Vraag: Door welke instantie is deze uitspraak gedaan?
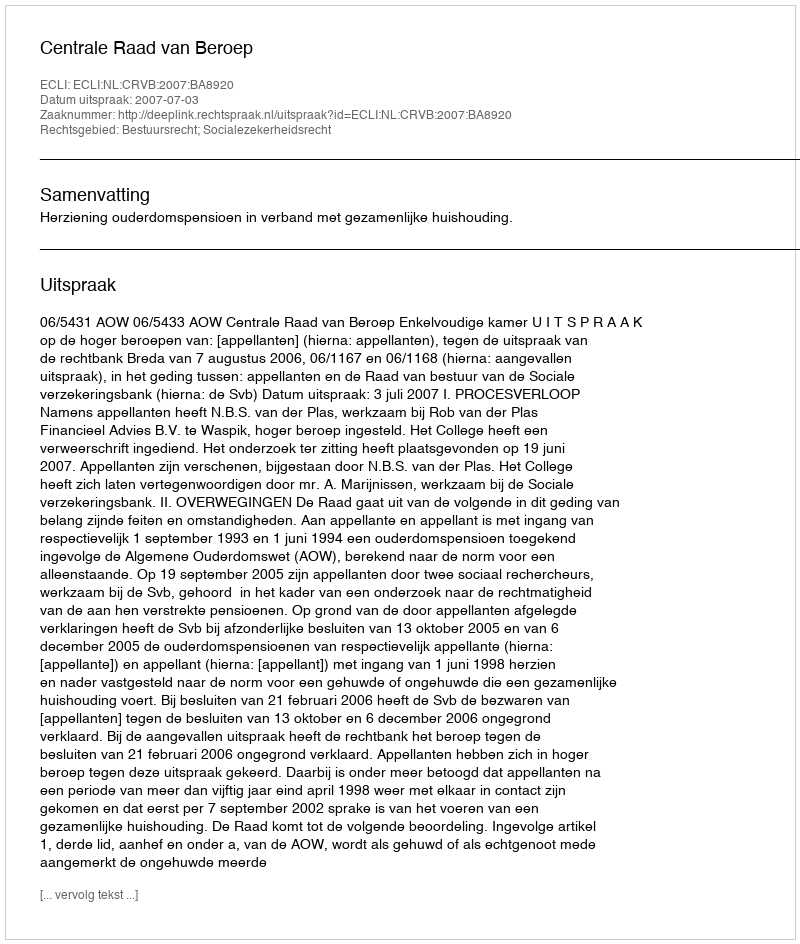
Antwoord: Centrale Raad van Beroep